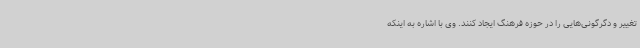
تغییر و دگرگونی‌هایی را در حوزه فرهنگ ایجاد کنند. وی با اشاره به اینکه